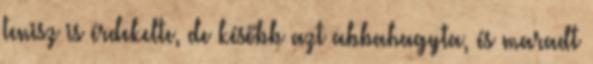
tenisz is érdekelte, de később azt abbahagyta, és maradt